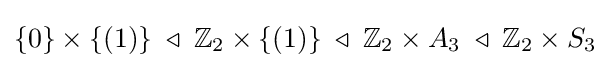
\{0\}\times \{(1)\}\;\triangleleft \;\mathbb {Z} _{2}\times \{(1)\}\;\triangleleft \;\mathbb {Z} _{2}\times A_{3}\;\triangleleft \;\mathbb {Z} _{2}\times S_{3}